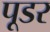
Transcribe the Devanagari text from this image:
पूडर